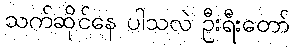
သက်ဆိုင်နေ ပါသလဲ ဦးရီးတော်